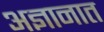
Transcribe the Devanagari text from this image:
अज्ञानात